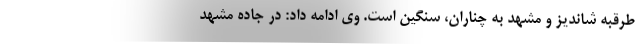
طرقبه شاندیز و مشهد به چناران، سنگین است. وی ادامه داد: در جاده مشهد